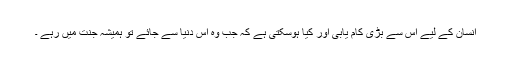
انسان کے لیے اس سے بڑی کام یابی اور کیا ہوسکتی ہے کہ جب وہ اس دنیا سے جائے تو ہمیشہ جنت میں رہے ۔